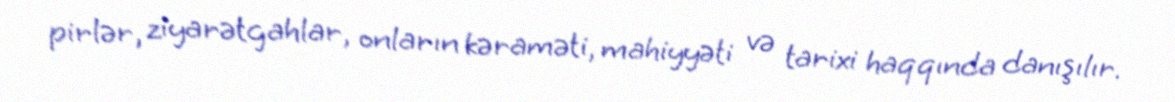
pirlər, ziyarətgahlar, onların kəraməti, mahiyyəti və tarixi haqqında danışılır.